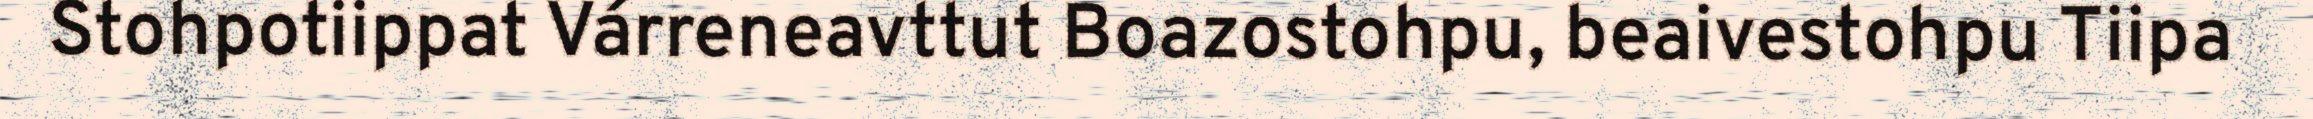
Stohpotiippat Várreneavttut Boazostohpu, beaivestohpu Tiipa